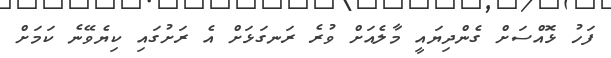
ފަހު ޅޮއްސަށް ގެންދިޔައީ މާލެއަށް ވުރެ ރަނގަޅަށް އެ ރަށުގައި ކިޔެވޭނެ ކަމަށް